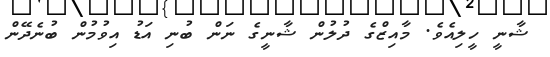
ޝާނީ ހީލިއެވެ. މާއިޒްގެ ދުލުން ޝާނީގެ ނަން ބުނި އަޑު އިވުމުން ބުނެދޭން